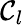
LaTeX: \mathcal{C}_{l}